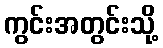
ကွင်းအတွင်းသို့